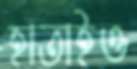
হাতাইও